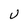
Character: U